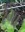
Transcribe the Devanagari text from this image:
रेंगा